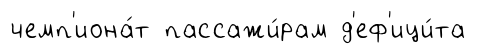
чемп'иона́т пассажи́рам д'еф'ици́та